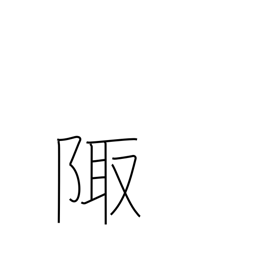
Meaning: corner